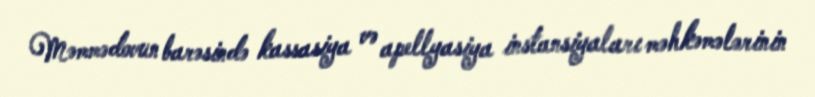
Məmmədovun barəsində kassasiya və apellyasiya instansiyaları məhkəmələrinin